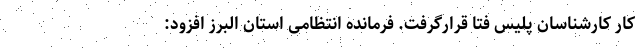
کار کارشناسان پلیس فتا قرارگرفت. فرمانده انتظامی استان البرز افزود: